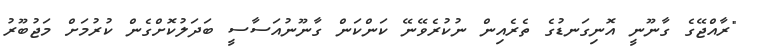
"ރާއްޖޭގެ ގާނޫނީ އޮނިގަނޑުގެ ތެރެއިން ނުކުރެވޭނޭ ކަންކަން ގާނޫނުއަސާސީ ބަދަލުކޮށްގެން ކުރުމަށް މަޖުބޫރު